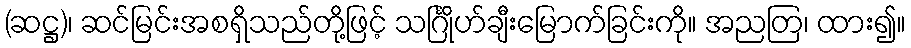
(ဆဋ္ဌ)၊ ဆင်မြင်းအစရှိသည်တို့ဖြင့် သင်္ဂြိုဟ်ချီးမြောက်ခြင်းကို။ အညတြ၊ ထား၍။